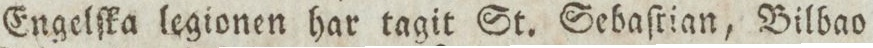
Engelſka legionen har tagit St. Sebaſtian, Bilbao